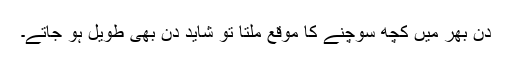
دن بھر میں کچھ سوچنے کا موقع ملتا تو شاید دن بھی طویل ہو جاتے۔